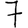
Digit: 7